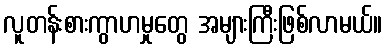
လူတန်းစားကွာဟမှုတွေ အများကြီးဖြစ်လာမယ်။